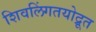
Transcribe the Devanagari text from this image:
शिवलिंगतयोद्रूत